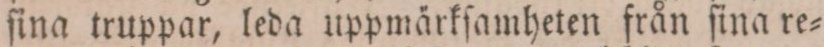
ſina truppar, leda uppmärkſamheten från ſina re=